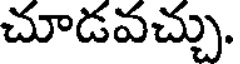
చూడవచ్చు.